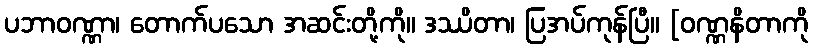
ပဘာဝဏ္ဏာ၊ တောက်ပသော အဆင်းတို့ကို။ ဒဿိတာ၊ ပြအပ်ကုန်ပြီ။ [ဝဏ္ဏနိတာကို